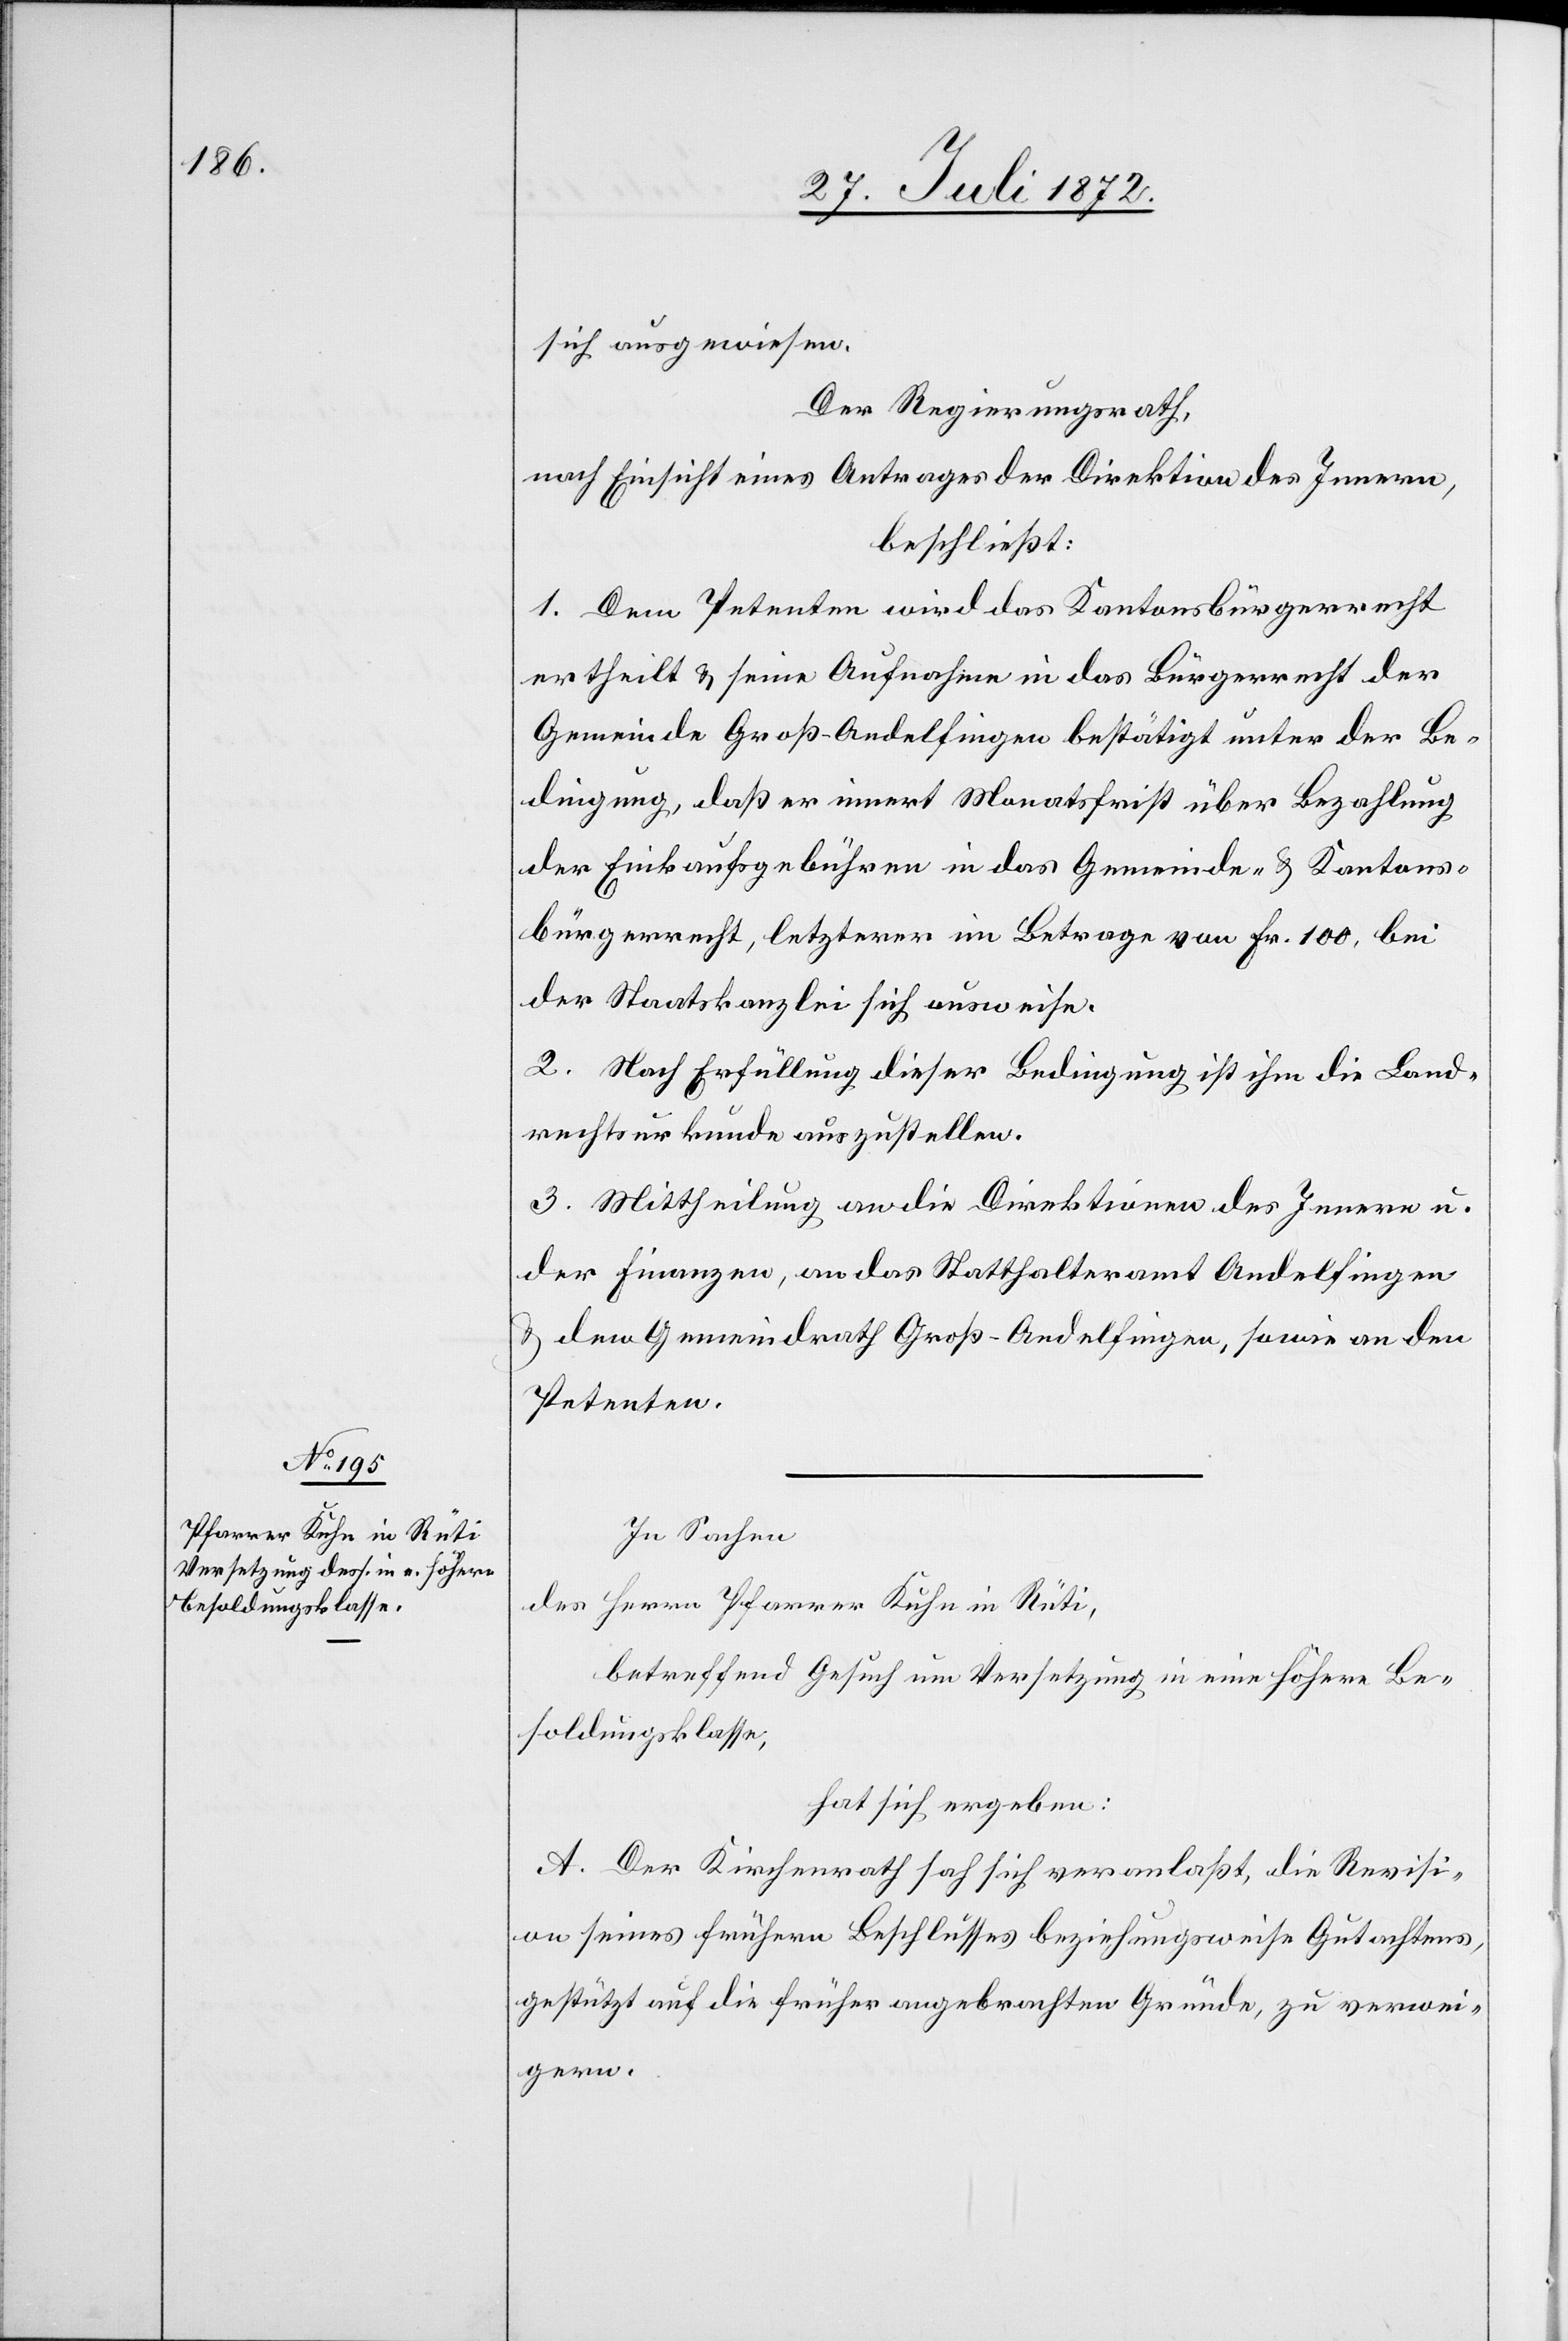
sich ausgewiesen,
Der Regierungsrath,
nach Einsicht eines Antrages der Direktion des Innern,
beschließt:
1. Dem Petenten wird das Kantonsbürgerrecht
ertheilt u. seine Aufnahme in das Bürgerrecht der
Gemeinde Groß-Andelfingen bestätigt unter der Be¬
dingung, daß er innert Monatsfrist über Bezahlung
der Einkaufsgebühren in das Gemeinde- u. Kantons¬
bürgerrecht, letzterer im Betrage von Fr. 100, bei
der Staatskanzlei sich ausweise.
2. Nach Erfüllung dieser Bedingung ist ihm die Land¬
rechtsurkunde auszustellen.
3. Mittheilung an die Direktionen des Innern u.
der Finanzen, an das Statthalteramt Andelfingen
u. dem Gemeindrath Groß-Andelfingen, sowie an den
Petenten.
In Sachen
des Herrn Pfarrer Kuhn in Rüti,
betreffend Gesuch um Versetzung in eine höhere Be¬
soldungsklasse,
hat sich ergeben:
A. Der Kirchenrath sah sich veranlaßt, die Revisi¬
on seines frühern Beschlusses beziehungsweise Gutachtens
gestützt auf die früher angebrachten Gründe, zu verwei¬
gern.